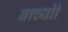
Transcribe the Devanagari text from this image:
ब्राच्योो